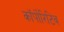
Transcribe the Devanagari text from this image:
कॉर्पोरिटिव